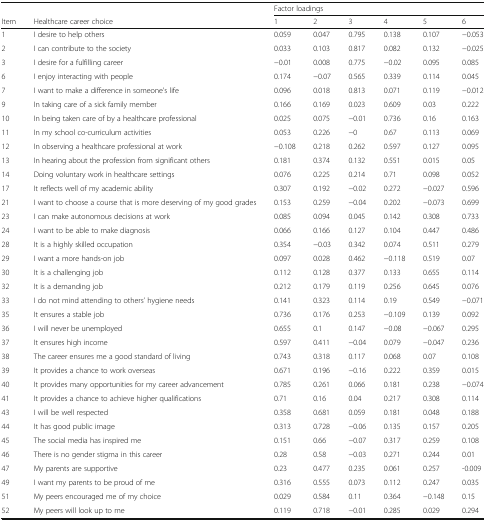
<table><thead><tr><td></td><td></td><td colspan="6"><b>Factor loadings</b></td></tr><tr><td><b>Item</b></td><td><b>Healthcare career choice</b></td><td><b>1</b></td><td><b>2</b></td><td><b>3</b></td><td><b>4</b></td><td><b>5</b></td><td><b>6</b></td></tr></thead><tbody><tr><td>1</td><td>I desire to help others</td><td>0.059</td><td>0.047</td><td>0.795</td><td>0.138</td><td>0.107</td><td>−0.053</td></tr><tr><td>2</td><td>I can contribute to the society</td><td>0.033</td><td>0.103</td><td>0.817</td><td>0.082</td><td>0.132</td><td>−0.025</td></tr><tr><td>3</td><td>I desire for a fulfilling career</td><td>−0.01</td><td>0.008</td><td>0.775</td><td>−0.02</td><td>0.095</td><td>0.085</td></tr><tr><td>6</td><td>I enjoy interacting with people</td><td>0.174</td><td>−0.07</td><td>0.565</td><td>0.339</td><td>0.114</td><td>0.045</td></tr><tr><td>7</td><td>I want to make a difference in someone’s life</td><td>0.096</td><td>0.018</td><td>0.813</td><td>0.071</td><td>0.119</td><td>−0.012</td></tr><tr><td>9</td><td>In taking care of a sick family member</td><td>0.166</td><td>0.169</td><td>0.023</td><td>0.609</td><td>0.03</td><td>0.222</td></tr><tr><td>10</td><td>In being taken care of by a healthcare professional</td><td>0.025</td><td>0.075</td><td>−0.01</td><td>0.736</td><td>0.16</td><td>0.163</td></tr><tr><td>11</td><td>In my school co-curriculum activities</td><td>0.053</td><td>0.226</td><td>−0</td><td>0.67</td><td>0.113</td><td>0.069</td></tr><tr><td>12</td><td>In observing a healthcare professional at work</td><td>−0.108</td><td>0.218</td><td>0.262</td><td>0.597</td><td>0.127</td><td>0.095</td></tr><tr><td>13</td><td>In hearing about the profession from significant others</td><td>0.181</td><td>0.374</td><td>0.132</td><td>0.551</td><td>0.015</td><td>0.05</td></tr><tr><td>14</td><td>Doing voluntary work in healthcare settings</td><td>0.076</td><td>0.225</td><td>0.214</td><td>0.71</td><td>0.098</td><td>0.052</td></tr><tr><td>17</td><td>It reflects well of my academic ability</td><td>0.307</td><td>0.192</td><td>−0.02</td><td>0.272</td><td>−0.027</td><td>0.596</td></tr><tr><td>21</td><td>I want to choose a course that is more deserving of my good grades</td><td>0.153</td><td>0.259</td><td>−0.04</td><td>0.202</td><td>−0.073</td><td>0.699</td></tr><tr><td>23</td><td>I can make autonomous decisions at work</td><td>0.085</td><td>0.094</td><td>0.045</td><td>0.142</td><td>0.308</td><td>0.733</td></tr><tr><td>24</td><td>I want to be able to make diagnosis</td><td>0.066</td><td>0.166</td><td>0.127</td><td>0.104</td><td>0.447</td><td>0.486</td></tr><tr><td>28</td><td>It is a highly skilled occupation</td><td>0.354</td><td>−0.03</td><td>0.342</td><td>0.074</td><td>0.511</td><td>0.279</td></tr><tr><td>29</td><td>I want a more hands-on job</td><td>0.097</td><td>0.028</td><td>0.462</td><td>−0.118</td><td>0.519</td><td>0.07</td></tr><tr><td>30</td><td>It is a challenging job</td><td>0.112</td><td>0.128</td><td>0.377</td><td>0.133</td><td>0.655</td><td>0.114</td></tr><tr><td>32</td><td>It is a demanding job</td><td>0.212</td><td>0.179</td><td>0.119</td><td>0.256</td><td>0.645</td><td>0.076</td></tr><tr><td>33</td><td>I do not mind attending to others’ hygiene needs</td><td>0.141</td><td>0.323</td><td>0.114</td><td>0.19</td><td>0.549</td><td>−0.071</td></tr><tr><td>35</td><td>It ensures a stable job</td><td>0.736</td><td>0.176</td><td>0.253</td><td>−0.109</td><td>0.139</td><td>0.092</td></tr><tr><td>36</td><td>I will never be unemployed</td><td>0.655</td><td>0.1</td><td>0.147</td><td>−0.08</td><td>−0.067</td><td>0.295</td></tr><tr><td>37</td><td>It ensures high income</td><td>0.597</td><td>0.411</td><td>−0.04</td><td>0.079</td><td>−0.047</td><td>0.236</td></tr><tr><td>38</td><td>The career ensures me a good standard of living</td><td>0.743</td><td>0.318</td><td>0.117</td><td>0.068</td><td>0.07</td><td>0.108</td></tr><tr><td>39</td><td>It provides a chance to work overseas</td><td>0.671</td><td>0.196</td><td>−0.16</td><td>0.222</td><td>0.359</td><td>0.015</td></tr><tr><td>40</td><td>It provides many opportunities for my career advancement</td><td>0.785</td><td>0.261</td><td>0.066</td><td>0.181</td><td>0.238</td><td>−0.074</td></tr><tr><td>41</td><td>It provides a chance to achieve higher qualifications</td><td>0.71</td><td>0.16</td><td>0.04</td><td>0.217</td><td>0.308</td><td>0.114</td></tr><tr><td>43</td><td>I will be well respected</td><td>0.358</td><td>0.681</td><td>0.059</td><td>0.181</td><td>0.048</td><td>0.188</td></tr><tr><td>44</td><td>It has good public image</td><td>0.313</td><td>0.728</td><td>−0.06</td><td>0.135</td><td>0.157</td><td>0.205</td></tr><tr><td>45</td><td>The social media has inspired me</td><td>0.151</td><td>0.66</td><td>−0.07</td><td>0.317</td><td>0.259</td><td>0.108</td></tr><tr><td>46</td><td>There is no gender stigma in this career</td><td>0.28</td><td>0.58</td><td>−0.03</td><td>0.271</td><td>0.244</td><td>0.01</td></tr><tr><td>47</td><td>My parents are supportive</td><td>0.23</td><td>0.477</td><td>0.235</td><td>0.061</td><td>0.257</td><td>-0.009</td></tr><tr><td>49</td><td>I want my parents to be proud of me</td><td>0.316</td><td>0.555</td><td>0.073</td><td>0.112</td><td>0.247</td><td>0.035</td></tr><tr><td>51</td><td>My peers encouraged me of my choice</td><td>0.029</td><td>0.584</td><td>0.11</td><td>0.364</td><td>−0.148</td><td>0.15</td></tr><tr><td>52</td><td>My peers will look up to me</td><td>0.119</td><td>0.718</td><td>−0.01</td><td>0.285</td><td>0.029</td><td>0.294</td></tr></tbody></table>